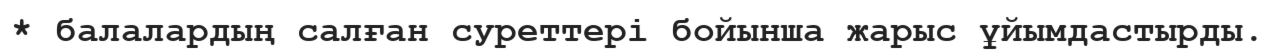
* балалардың салған суреттері бойынша жарыс ұйымдастырды.